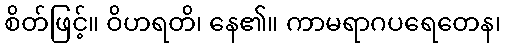
စိတ်ဖြင့်။ ဝိဟရတိ၊ နေ၏။ ကာမရာဂပရေတေန၊